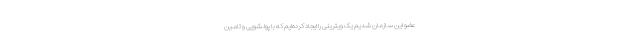
عضو این سازمان شدیم یک ویترینی را ایجاد کرده‌ایم که با پولشویی و تامین